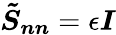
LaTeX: \boldsymbol{\tilde{S}_{nn}}=\epsilon\boldsymbol{I}